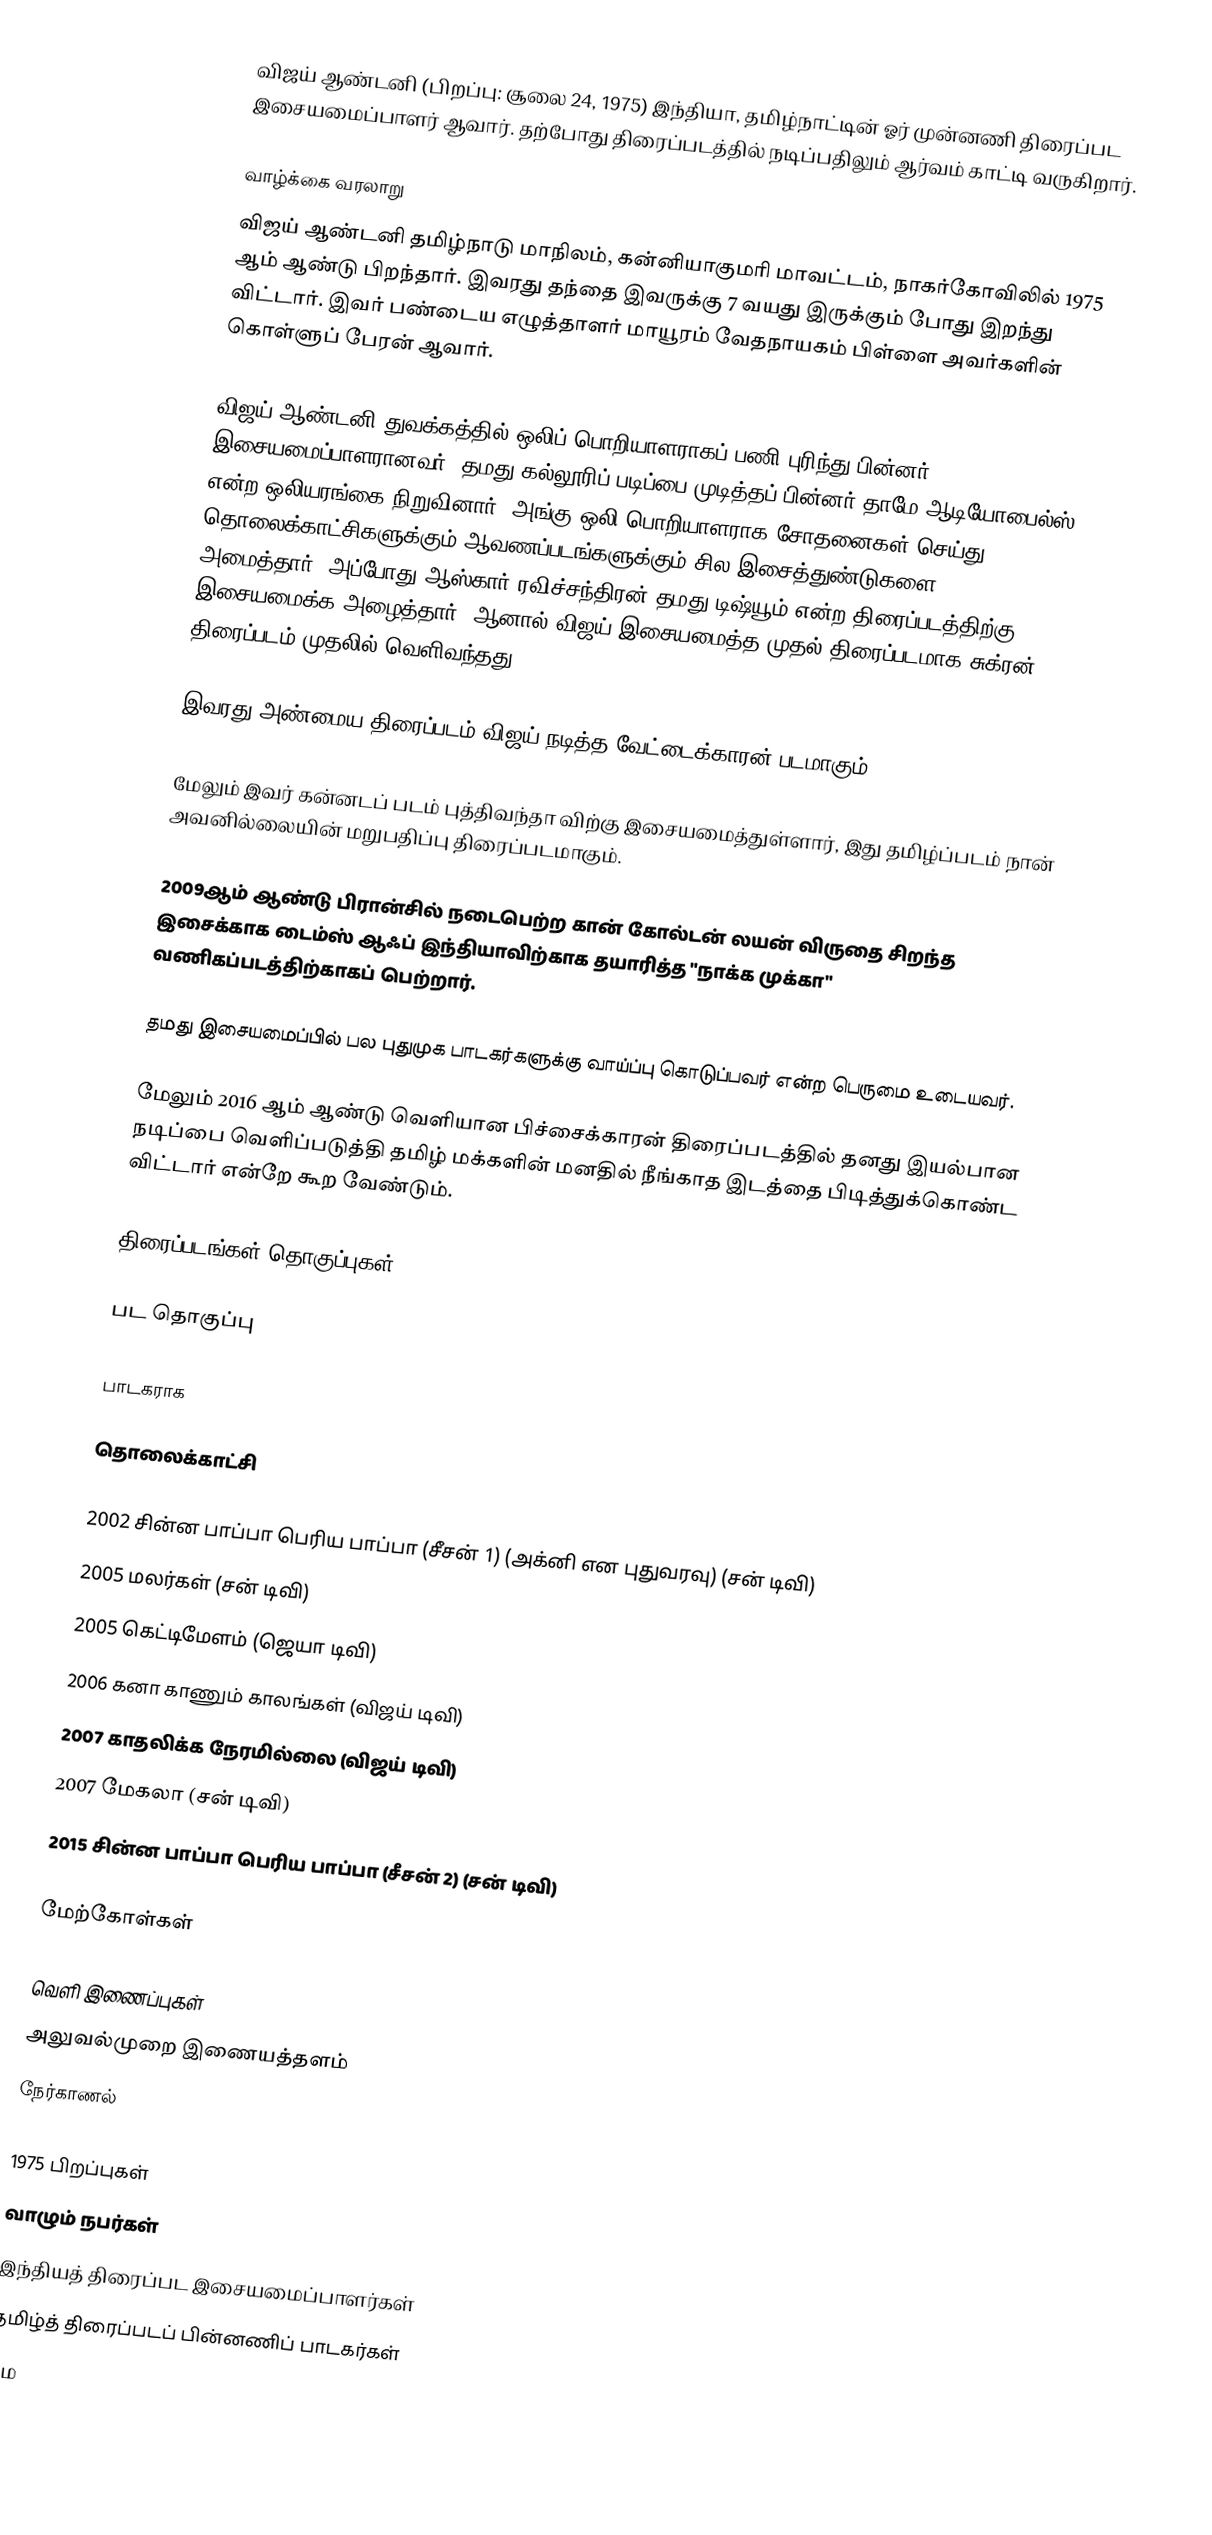
விஜய் ஆண்டனி  (பிறப்பு: சூலை 24, 1975) இந்தியா, தமிழ்நாட்டின் ஓர் முன்னணி திரைப்பட இசையமைப்பாளர் ஆவார். தற்போது திரைப்படத்தில் நடிப்பதிலும் ஆர்வம் காட்டி வருகிறார்.

வாழ்க்கை வரலாறு
விஜய் ஆண்டனி தமிழ்நாடு மாநிலம், கன்னியாகுமரி மாவட்டம், நாகர்கோவிலில் 1975 ஆம் ஆண்டு பிறந்தார். இவரது தந்தை இவருக்கு 7 வயது இருக்கும் போது இறந்து விட்டார். இவர் பண்டைய எழுத்தாளர் மாயூரம் வேதநாயகம் பிள்ளை அவர்களின் கொள்ளுப் பேரன் ஆவார்.

விஜய் ஆண்டனி துவக்கத்தில் ஒலிப் பொறியாளராகப் பணி புரிந்து பின்னர் இசையமைப்பாளரானவர். தமது கல்லூரிப் படிப்பை முடித்தப் பின்னர் தாமே ஆடியோபைல்ஸ் என்ற ஒலியரங்கை நிறுவினார். அங்கு ஒலி பொறியாளராக சோதனைகள் செய்து தொலைக்காட்சிகளுக்கும் ஆவணப்படங்களுக்கும் சில இசைத்துண்டுகளை (jingles) அமைத்தார். அப்போது ஆஸ்கார் ரவிச்சந்திரன் தமது டிஷ்யூம் என்ற திரைப்படத்திற்கு இசையமைக்க அழைத்தார். ஆனால் விஜய் இசையமைத்த முதல் திரைப்படமாக சுக்ரன் திரைப்படம் முதலில் வெளிவந்தது.

இவரது அண்மைய திரைப்படம் விஜய் நடித்த வேட்டைக்காரன் படமாகும்.

மேலும் இவர் கன்னடப் படம் புத்திவந்தா விற்கு இசையமைத்துள்ளார், இது தமிழ்ப்படம்  நான் அவனில்லையின் மறுபதிப்பு திரைப்படமாகும்.

2009ஆம் ஆண்டு பிரான்சில் நடைபெற்ற கான் கோல்டன் லயன் விருதை சிறந்த இசைக்காக டைம்ஸ் ஆஃப் இந்தியாவிற்காக தயாரித்த "நாக்க முக்கா" வணிகப்படத்திற்காகப் பெற்றார்.

தமது இசையமைப்பில் பல புதுமுக பாடகர்களுக்கு வாய்ப்பு கொடுப்பவர் என்ற பெருமை உடையவர்.

மேலும் 2016 ஆம் ஆண்டு வெளியான பிச்சைக்காரன் திரைப்படத்தில் தனது இயல்பான நடிப்பை வெளிப்படுத்தி தமிழ் மக்களின் மனதில் நீங்காத இடத்தை பிடித்துக்கொண்ட விட்டார் என்றே கூற வேண்டும்.

திரைப்படங்கள்/தொகுப்புகள்

பட தொகுப்பு

பாடகராக

தொலைக்காட்சி

 2002 சின்ன பாப்பா பெரிய பாப்பா (சீசன் 1) (அக்னி என புதுவரவு) (சன் டிவி)
 2005 மலர்கள் (சன் டிவி)
 2005 கெட்டிமேளம் (ஜெயா டிவி)
 2006 கனா காணும் காலங்கள் (விஜய் டிவி)
 2007 காதலிக்க நேரமில்லை (விஜய் டிவி)
 2007 மேகலா (சன் டிவி)
 2015 சின்ன பாப்பா பெரிய பாப்பா (சீசன் 2) (சன் டிவி)

மேற்கோள்கள்

வெளி இணைப்புகள்
  அலுவல்முறை இணையத்தளம்
  நேர்காணல்

1975 பிறப்புகள்
வாழும் நபர்கள்
இந்தியத் திரைப்பட இசையமைப்பாளர்கள்
தமிழ்த் திரைப்படப் பின்னணிப் பாடகர்கள்
தம